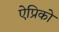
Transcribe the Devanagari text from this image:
ऐप्रिको